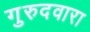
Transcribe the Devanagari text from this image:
गुरुदवारा